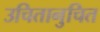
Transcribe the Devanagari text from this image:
उचितानुचित